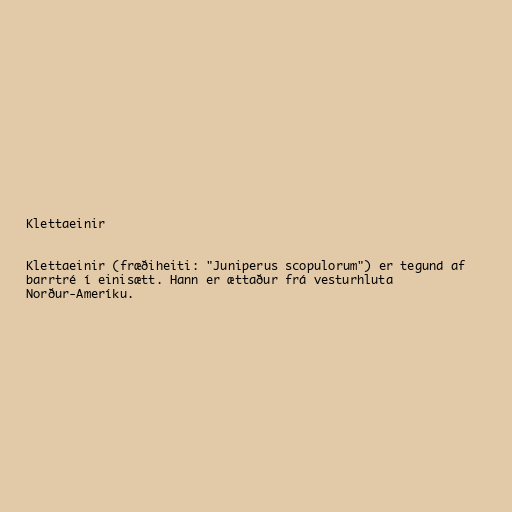
Klettaeinir

Klettaeinir (fræðiheiti: "Juniperus scopulorum") er tegund af
barrtré í einisætt. Hann er ættaður frá vesturhluta
Norður-Ameríku.